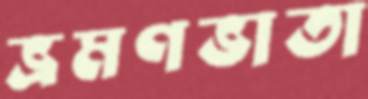
ভ্রমণভাতা